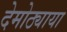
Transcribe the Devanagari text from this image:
देमोठ्याया